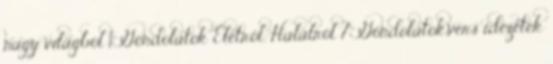
nagy világból 1 Gondolatok Életről, Halálról 7 Gondolatok,vers idézetek